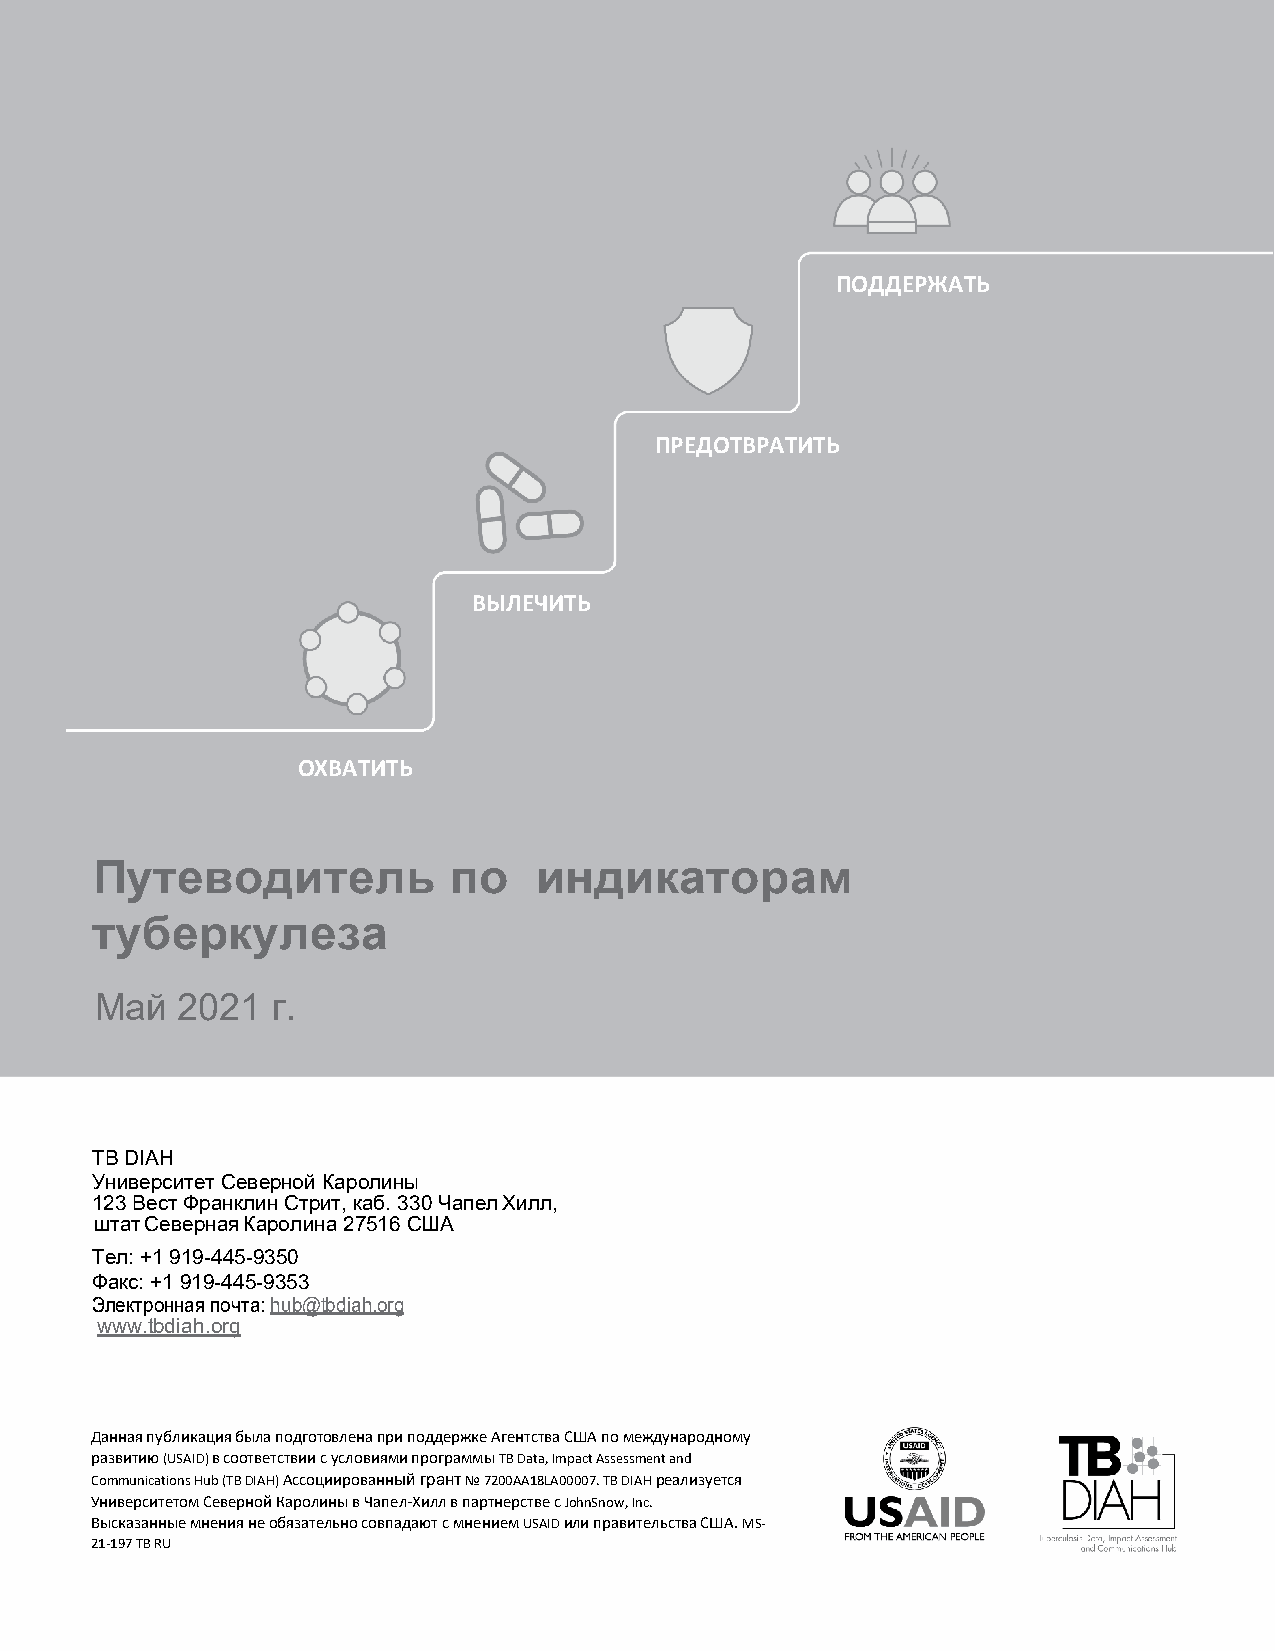
ПОДДЕРЖАТЬ
 ПРЕДОТВРАТИТЬ
 ВЫЛЕЧИТЬ
 ОХВАТИТЬ
 Путеводитель            по    индикаторам
 туберкулеза
 Май   2021  г.
 TB DIAH
 Университет Северной Каролины
 123 Вест Франклин Стрит, каб. 330 Чапел Хилл,
 штат Северная Каролина 27516 США
 Тел: +1 919-445-9350
 Факс: +1 919-445-9353
 Электронная почта: hub@tbdiah.org
 www.tbdiah.org
 Данная публикация была подготовлена при поддержке Агентства США по международному
 развитию (USAID) в соответствии с условиями программы TB Data, Impact Assessment and
 Communications Hub (TB DIAH) Ассоциированный грант № 7200AA18LA00007. TB DIAH реализуется
 Университетом Северной Каролины в Чапел-Хилл в партнерстве с JohnSnow, Inc.
 Высказанные мнения не обязательно совпадают с мнением USAID или правительства США. MS-
 21-197 TB RU
 Руководство для программ по борьбе с ТБ 1